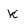
Character: k